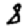
Digit: 8